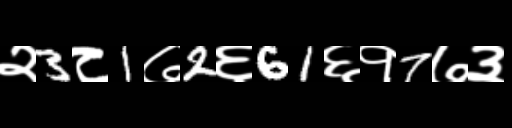
Text: २3८1७2६61६१7७३